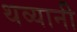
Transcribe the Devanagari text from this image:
थव्यानी